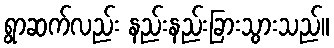
ရွာဆက်လည်း နည်းနည်းခြားသွားသည်။